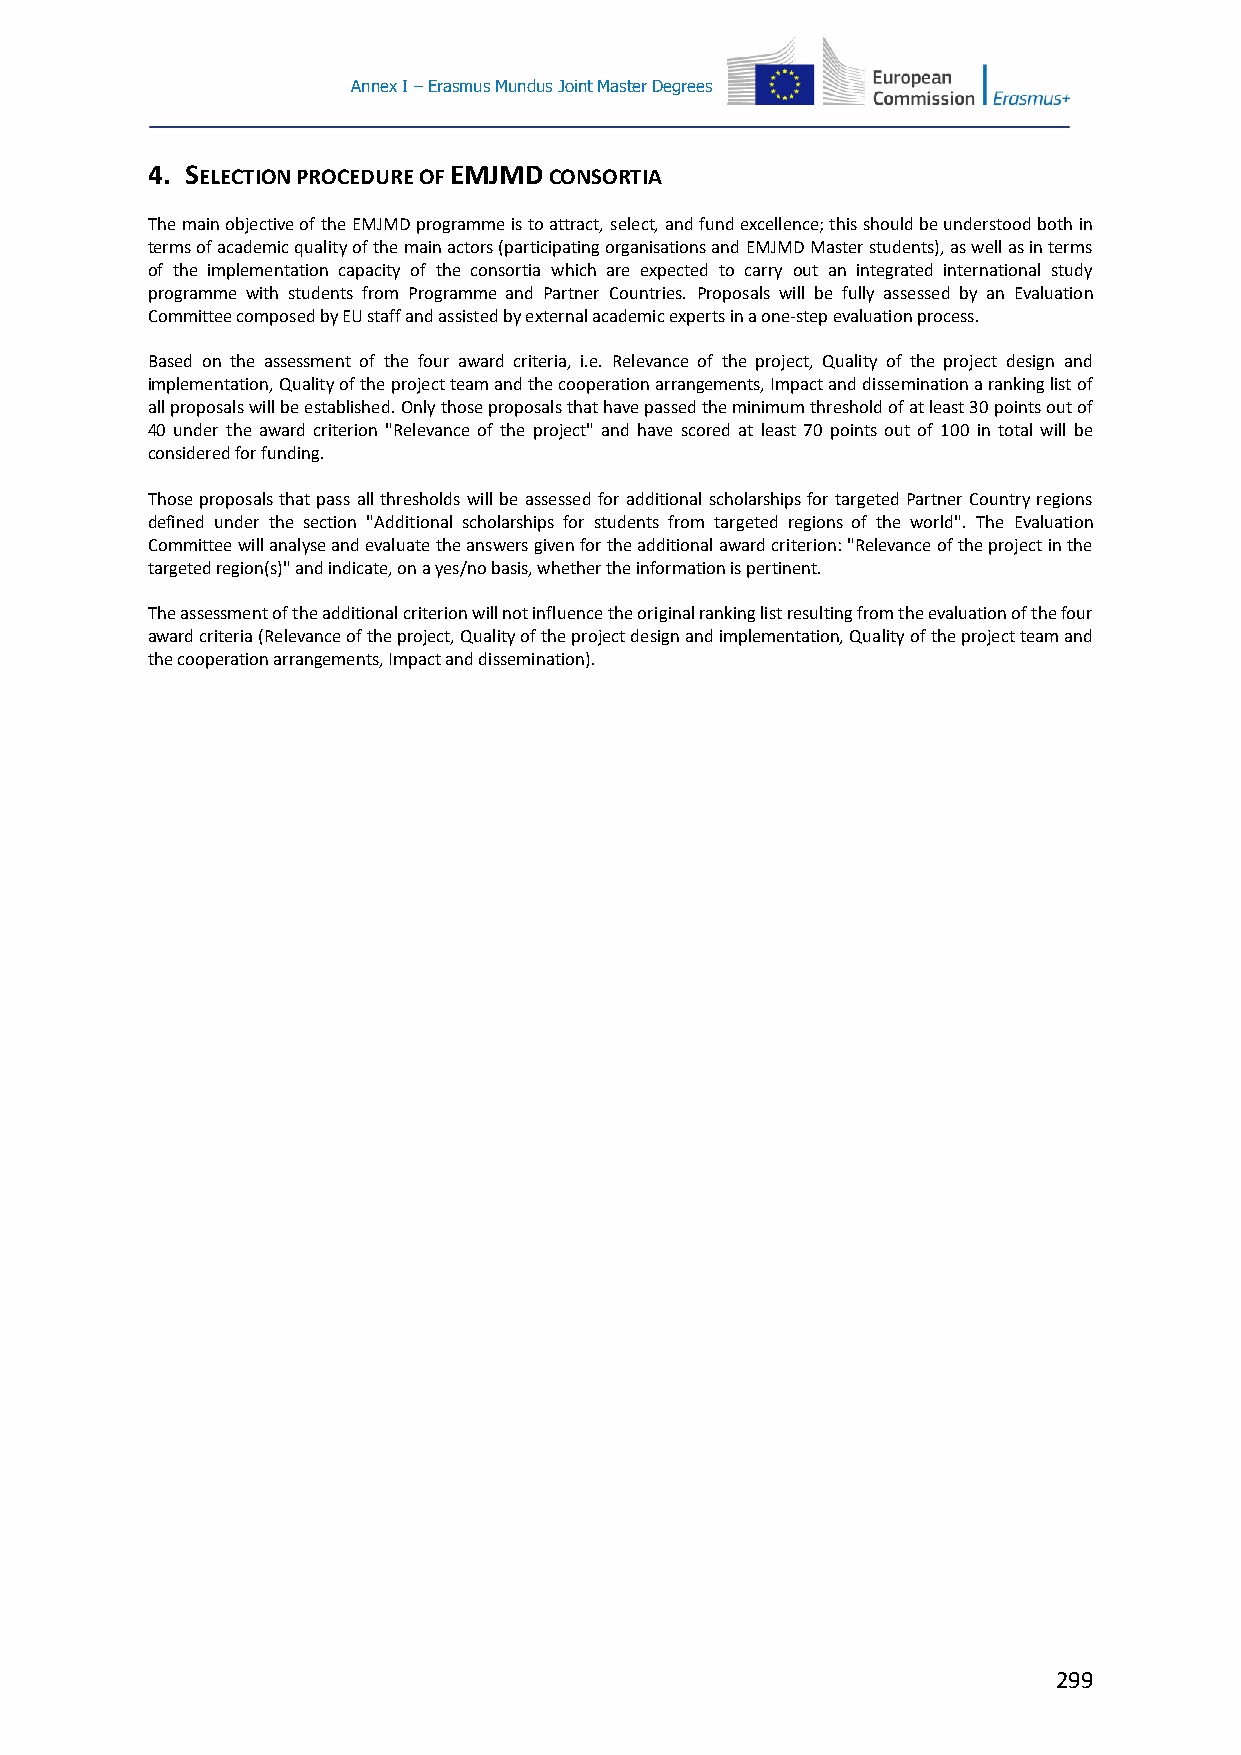
Annex I – Erasmus Mundus Joint Master Degrees
 4. SELECTION PROCEDURE OF EMJMD CONSORTIA
 The main objective of the EMJMD programme is to attract, select, and fund excellence; this should be understood both in
 terms of academic quality of the main actors (participating organisations and EMJMD Master students), as well as in terms
 of the implementation capacity of the consortia which are expected to carry out an integrated international study
 programme with students from Programme and Partner Countries. Proposals will be fully assessed by an Evaluation
 Committee composed by EU staff and assisted by external academic experts in a one-step evaluation process.
 Based on the assessment of the four award criteria, i.e. Relevance of the project, Quality of the project design and
 implementation, Quality of the project team and the cooperation arrangements, Impact and dissemination a ranking list of
 all proposals will be established. Only those proposals that have passed the minimum threshold of at least 30 points out of
 40 under the award criterion "Relevance of the project" and have scored at least 70 points out of 100 in total will be
 considered for funding.
 Those proposals that pass all thresholds will be assessed for additional scholarships for targeted Partner Country regions
 defined under the section "Additional scholarships for students from targeted regions of the world". The Evaluation
 Committee will analyse and evaluate the answers given for the additional award criterion: "Relevance of the project in the
 targeted region(s)" and indicate, on a yes/no basis, whether the information is pertinent.
 The assessment of the additional criterion will not influence the original ranking list resulting from the evaluation of the four
 award criteria (Relevance of the project, Quality of the project design and implementation, Quality of the project team and
 the cooperation arrangements, Impact and dissemination).
 299